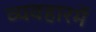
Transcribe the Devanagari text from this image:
व्यवहारमें